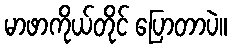
မာဖာကိုယ်တိုင် ပြောတာပဲ။